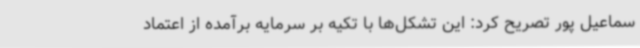
سماعیل پور تصریح کرد: این تشکل‌ها با تکیه بر سرمایه برآمده از اعتماد